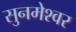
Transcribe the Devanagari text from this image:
सुनमेश्वर